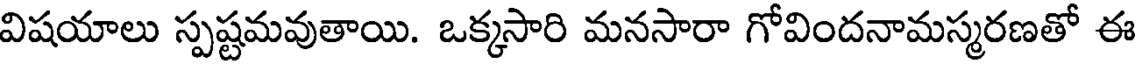
విషయాలు స్పష్టమవుతాయి. ఒక్కసారి మనసారా గోవిందనామస్మరణతో ఈ